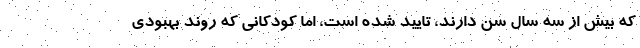
که بیش از سه سال سن دارند، تایید شده است، اما کودکانی که روند بهبودی